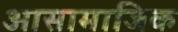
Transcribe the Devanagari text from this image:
आसामाजिक